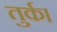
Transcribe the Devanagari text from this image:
तुर्क।